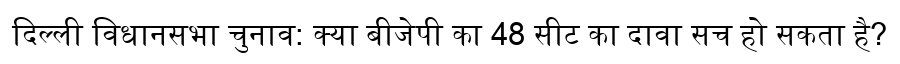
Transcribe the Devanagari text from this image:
दिल्ली विधानसभा चुनाव: क्या बीजेपी का 48 सीट का दावा सच हो सकता है?